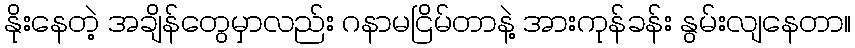
နိုးနေတဲ့ အချိန်တွေမှာလည်း ဂနာမငြိမ်တာနဲ့ အားကုန်ခန်း နွမ်းလျနေတာ။